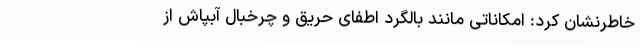
خاطرنشان کرد: امکاناتی مانند بالگرد اطفای حریق و چرخبال آبپاش از